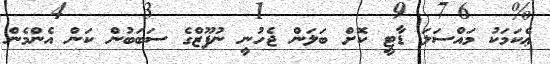
ޢެކަމަކު މައްސަލަ ޑާޓީ ކޮށް ބަލަން ޖެހުނީ ނުފޫޒްގެ ސަބަބުން ކަން އެންމެން